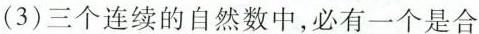
(3)三个连续的自然数中，必有一个是合